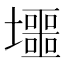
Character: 𡓐